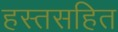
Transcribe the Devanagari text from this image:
हस्तसहित